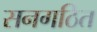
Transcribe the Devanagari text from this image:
सनगठित